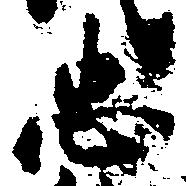
忠